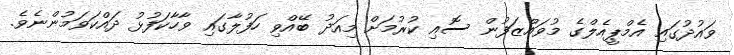
ވައުދުގައި އެމްޕީއެލްގެ މުވައްޒަފުން ސޮއި ކުރުމަށް މިއަދު ބޭއްވި ހަފުލާގައި ވާހާކަފުޅު ދައްކަވަމުންނެވެ.